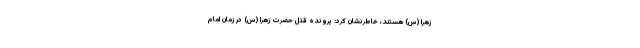
زهرا (س) هستند، خاطرنشان کرد: پرونده قتل حضرت زهرا (س) در زمان امام